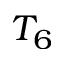
T _ { 6 }